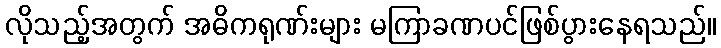
လိုသည့်အတွက် အဓိကရုဏ်းများ မကြာခဏပင်ဖြစ်ပွားနေရသည်။